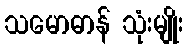
သမောဓာန် သုံးမျိုး